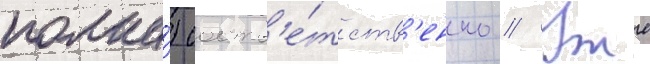
полка́) соотв'е́тств'енно // Уже